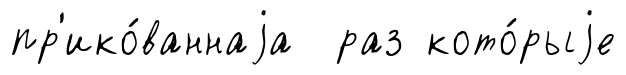
пр'ико́ваннаjа раз кото́рыjе